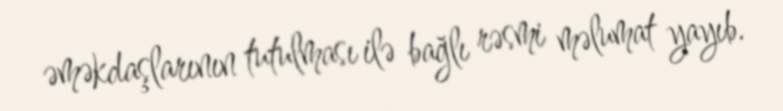
əməkdaşlarının tutulması ilə bağlı rəsmi məlumat yayıb.